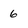
Character: 6